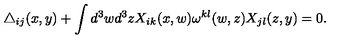
\triangle _ { i j } ( x , y ) + \int d ^ { 3 } w d ^ { 3 } z X _ { i k } ( x , w ) \omega ^ { k l } ( w , z ) X _ { j l } ( z , y ) = 0 .